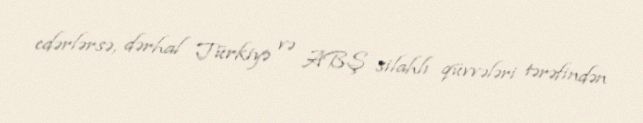
edərlərsə, dərhal Türkiyə və ABŞ silahlı qüvvələri tərəfindən